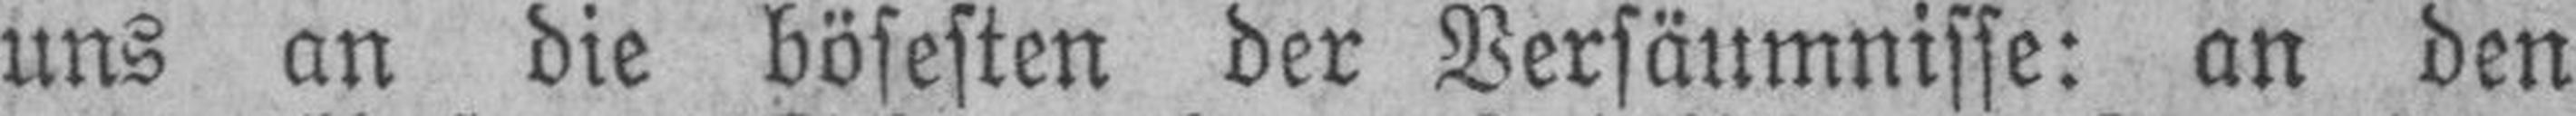
uns an die bösesten der Versäumnisse: an den